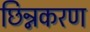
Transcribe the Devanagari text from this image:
छिन्नकरण